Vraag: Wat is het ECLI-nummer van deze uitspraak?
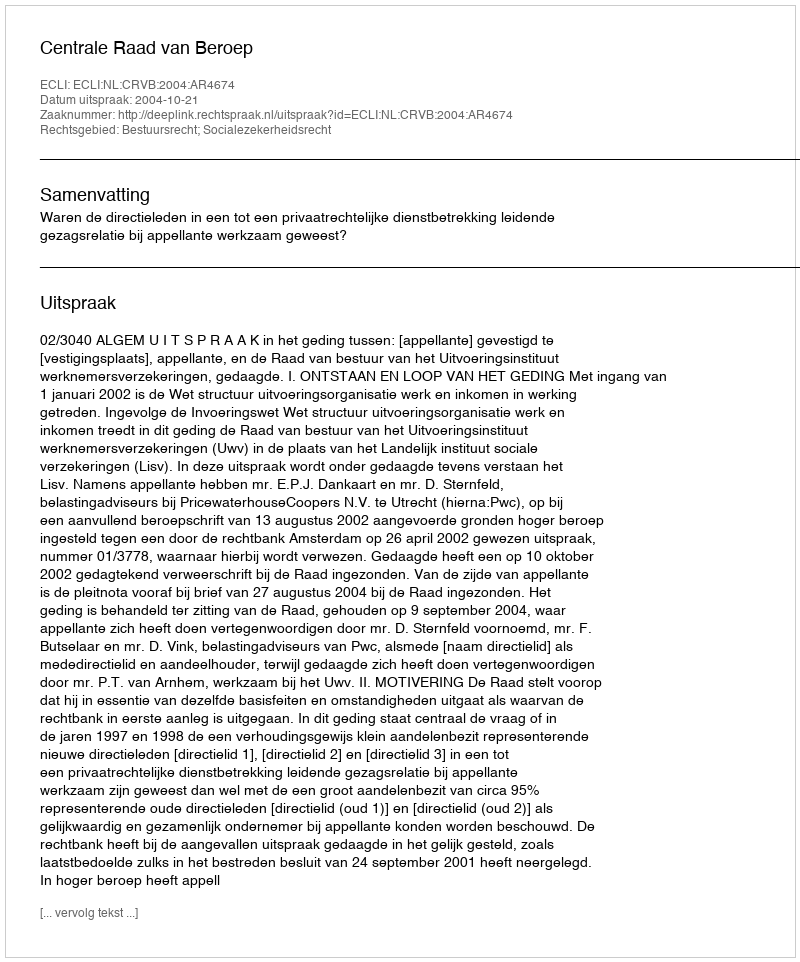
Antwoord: ECLI:NL:CRVB:2004:AR4674